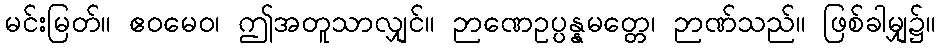
မင်းမြတ်။ ဧဝမေဝ၊ ဤအတူသာလျှင်။ ဉာဏေဥပ္ပန္နမတ္တေ၊ ဉာဏ်သည်။ ဖြစ်ခါမျှ၌။